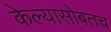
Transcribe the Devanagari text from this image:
केल्यासोबतच